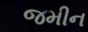
જમીન